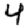
Digit: 4